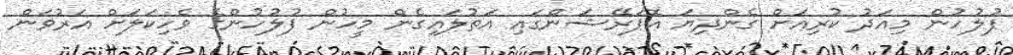
ފުލުހުން މިއަދު ކުރިއަށް ގެންދިޔަ އޮޕަރޭޝަންގައި އަތުލައިގެން މީހުން ފުލުހުންގެ ވެހިކަލަށް އަރުވަން